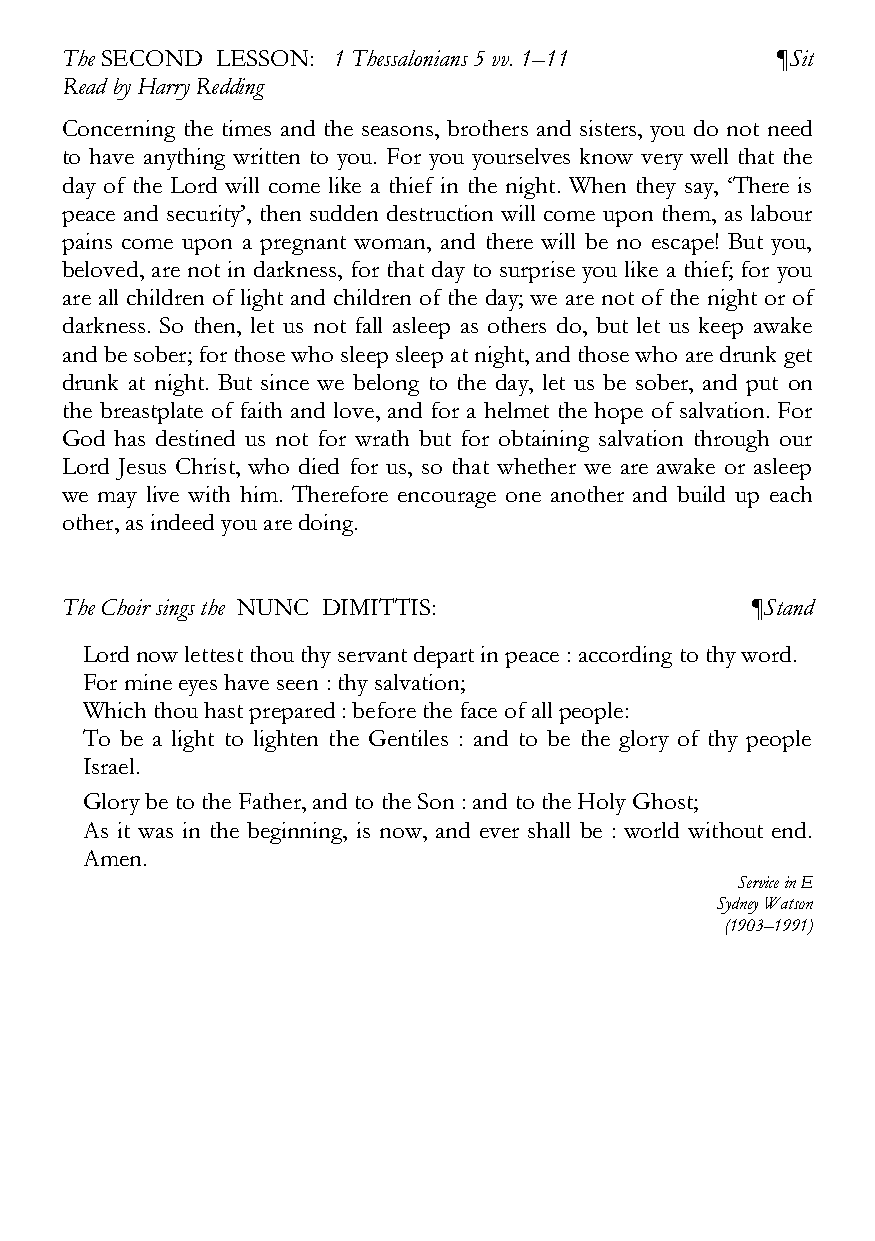
The SECOND LESSON: 1 Thessalonians 5 vv. 1–11  ¶Sit
 Read by Harry Redding
 Concerning the times and the seasons, brothers and sisters, you do not need
 to have anything written to you. For you yourselves know very well that the
 day of the Lord will come like a thief in the night. When they say, ‘There is
 peace and security’, then sudden destruction will come upon them, as labour
 pains come upon a pregnant woman, and there will be no escape! But you,
 beloved, are not in darkness, for that day to surprise you like a thief; for you
 are all children of light and children of the day; we are not of the night or of
 darkness. So then, let us not fall asleep as others do, but let us keep awake
 and be sober; for those who sleep sleep at night, and those who are drunk get
 drunk at night. But since we belong to the day, let us be sober, and put on
 the breastplate of faith and love, and for a helmet the hope of salvation. For
 God has destined us not for wrath but for obtaining salvation through our
 Lord Jesus Christ, who died for us, so that whether we are awake or asleep
 we may live with him. Therefore encourage one another and build up each
 other, as indeed you are doing.
 The Choir sings the NUNC DIMITTIS:            ¶Stand
 Lord now lettest thou thy servant depart in peace : according to thy word.
 For mine eyes have seen : thy salvation;
 Which thou hast prepared : before the face of all people:
 To be a light to lighten the Gentiles : and to be the glory of thy people
 Israel.
 Glory be to the Father, and to the Son : and to the Holy Ghost;
 As it was in the beginning, is now, and ever shall be : world without end.
 Amen.
 Service in E
 Sydney Watson
 (1903–1991)